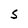
Character: S